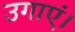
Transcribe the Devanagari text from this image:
उगाएं।